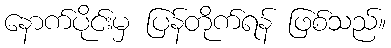
နောက်ပိုင်းမှ ပြန်တိုက်ရန် ဖြစ်သည်။